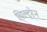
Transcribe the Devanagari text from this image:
चिल्ट्रेन